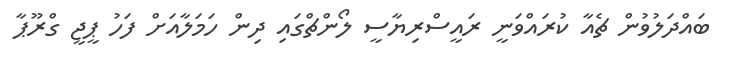
ބައްދަލުވުން ޗެއާ ކުރައްވަނީ ރައީސްރިޔާސީ ލޯންޗްގައި ދިން ހަމަލާއަށް ފަހު ޕީޖީ ގްރޫޕާ